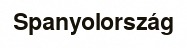
Spanyolország